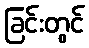
ခြင်းတွင်